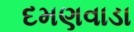
દમણવાડા